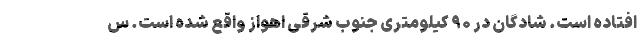
افتاده است. شادگان در ۹۰ کیلومتری جنوب شرقی اهواز واقع شده است. س